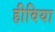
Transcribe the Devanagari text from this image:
हीविया